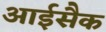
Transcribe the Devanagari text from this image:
आईसैक